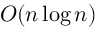
O ( n \log n )